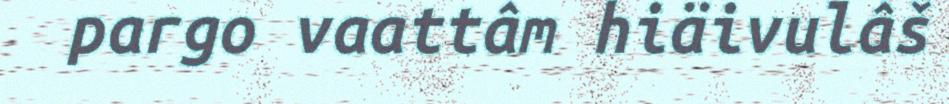
pargo vaattâm hiäivulâš